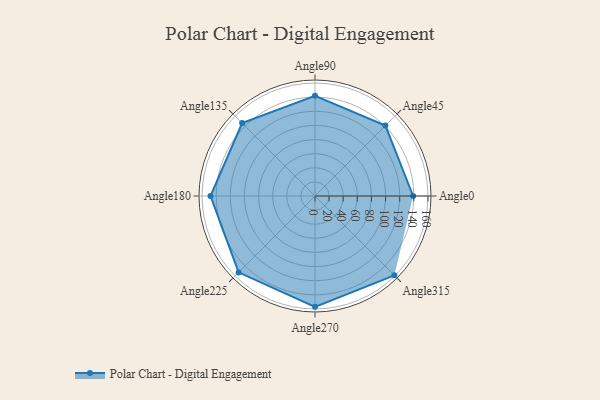
{"axis": {"x": "Angle", "y": "Radius"}, "legend": [""], "data": [{"x": "Angle0", "y": 139.0, "type": ""}, {"x": "Angle45", "y": 141.0, "type": ""}, {"x": "Angle90", "y": 142.0, "type": ""}, {"x": "Angle135", "y": 146.0, "type": ""}, {"x": "Angle180", "y": 148.0, "type": ""}, {"x": "Angle225", "y": 153.0, "type": ""}, {"x": "Angle270", "y": 157.0, "type": ""}, {"x": "Angle315", "y": 159.0, "type": ""}]}